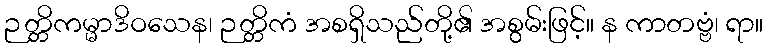
ဉတ္တိကမ္မာဒိဝသေန၊ ဉတ္တိကံ အစရှိသည်တို့၏ အစွမ်းဖြင့်။ န ကာတဗ္ဗံ၊ ရာ။